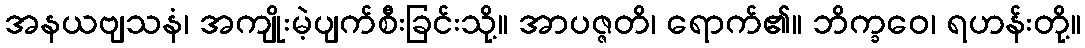
အနယဗျသနံ၊ အကျိုးမဲ့ပျက်စီးခြင်းသို့။ အာပဇ္ဇတိ၊ ရောက်၏။ ဘိက္ခဝေ၊ ရဟန်းတို့။